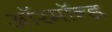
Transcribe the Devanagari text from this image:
ऑरमॉन्ड